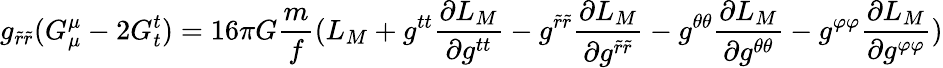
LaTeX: g_{\tilde{r}\tilde{r}}(G_{\mu}^{\mu}-2G_{t}^{t})=16\pi G\frac{m}{f}(L_{M}+g^{tt}\frac{\partial L_{M}}{\partial g^{tt}}-g^{\tilde{r}\tilde{r}}\frac{\partial L_{M}}{\partial g^{\tilde{r}\tilde{r}}}-g^{\theta\theta}\frac{\partial L_{M}}{\partial g^{\theta\theta}}-g^{\varphi\varphi}\frac{\partial L_{M}}{\partial g^{\varphi\varphi}})